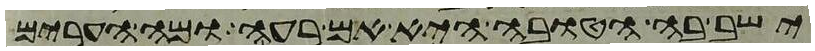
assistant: ישב בה הטובה היא אם רעה ומה הערים